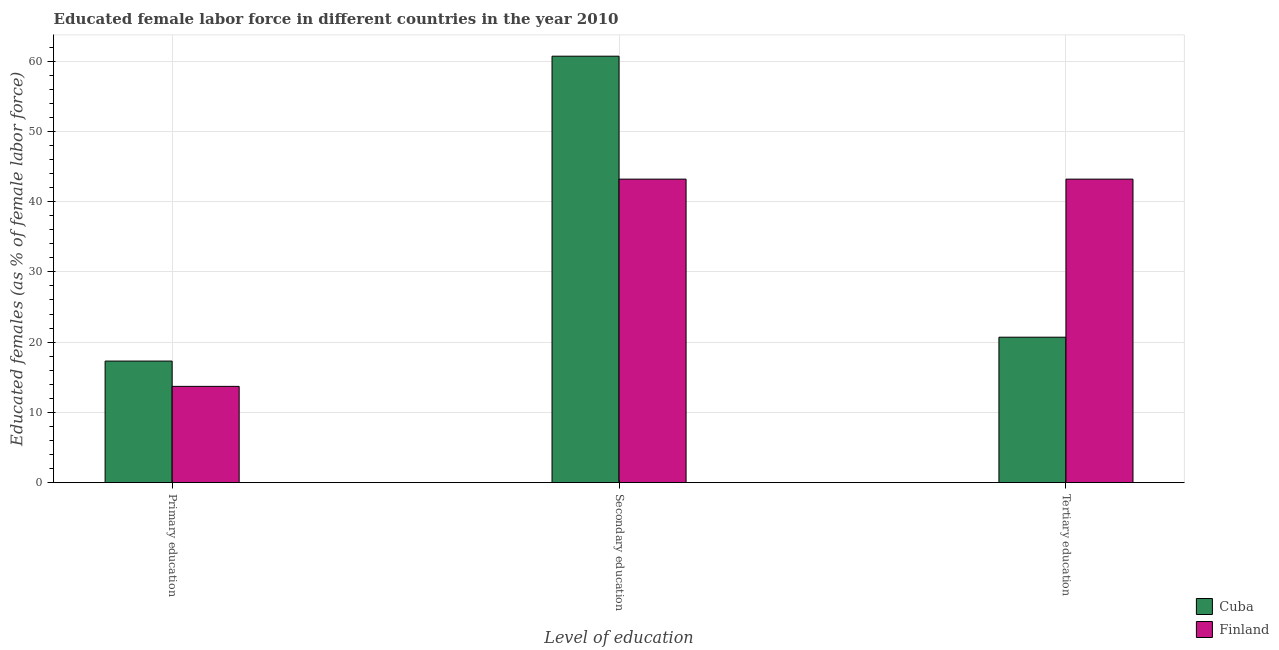
| Level of education | Cuba | Finland |
 | --- | --- | --- |
 | Primary education | 17.3 | 13.7 |
 | Secondary education | 60.7 | 43.2 |
 | Tertiary education | 20.7 | 43.2 |